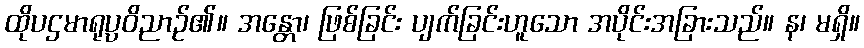
ထိုပဌမာရုပ္ပဝိညာဉ်၏။ အန္တော၊ ဖြစ်ခြင်း ပျက်ခြင်းဟူသော အပိုင်းအခြားသည်။ န၊ မရှိ။